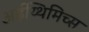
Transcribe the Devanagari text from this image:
अर्ढ़य्थिमिच्स